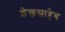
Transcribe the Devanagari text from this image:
शेखसाहेब